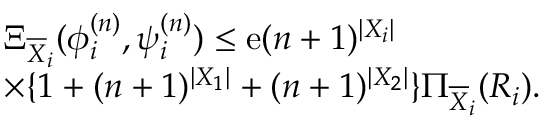
\begin{array} { r l } & { \Xi _ { \overline { { X } } _ { i } } ( \phi _ { i } ^ { ( n ) } , \psi _ { i } ^ { ( n ) } ) \leq \mathrm { e } ( n + 1 ) ^ { | { \cal X } _ { i } | } } \\ & { \times \{ 1 + ( n + 1 ) ^ { | { \cal X } _ { 1 } | } + ( n + 1 ) ^ { | { \cal X } _ { 2 } | } \} \Pi _ { \overline { { X } } _ { i } } ( R _ { i } ) . } \end{array}